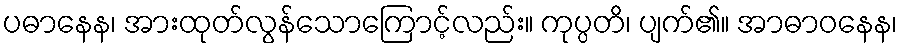
ပဓာနေန၊ အားထုတ်လွန်သောကြောင့်လည်း။ ကုပ္ပတိ၊ ပျက်၏။ အာဓာဝနေန၊